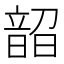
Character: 𬰼